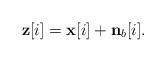
LaTeX: \begin{align*}\mathbf{z}[i] = \mathbf{x}[i] + \mathbf{n}_b[i].\end{align*}